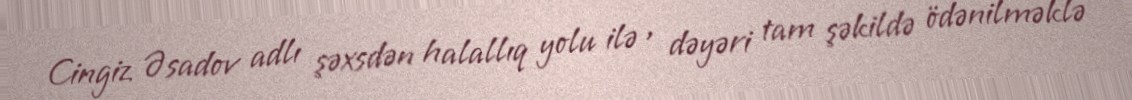
Cingiz Əsadov adlı şəxsdən halallıq yolu ilə , dəyəri tam şəkildə ödənilməklə